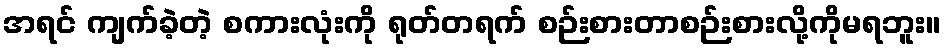
အရင် ကျက်ခဲ့တဲ့ စကားလုံးကို ရုတ်တရက် စဉ်းစားတာစဉ်းစားလို့ကိုမရဘူး။